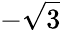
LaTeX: -{\sqrt{3}}